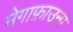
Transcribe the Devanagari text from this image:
मेगाफ़ाउना